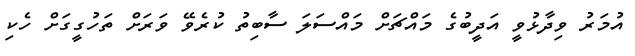
އުމަރު ވިދާޅުވީ އަދީބުގެ މައްޗަށް މައްސަލަ ސާބިތު ކުރެވޭ ވަރަށް ތަހުގީގަށް ހެކި